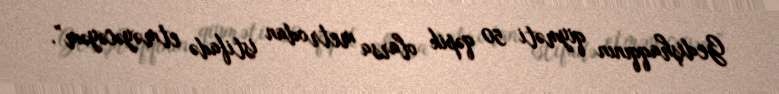
Gedişhaqqının qiyməti 50 qəpik olarsa metrodan istifadə etməyəcəyəm”.